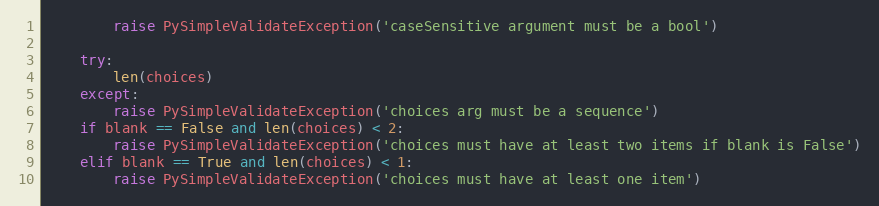
Language: Python
        raise PySimpleValidateException('caseSensitive argument must be a bool')

    try:
        len(choices)
    except:
        raise PySimpleValidateException('choices arg must be a sequence')
    if blank == False and len(choices) < 2:
        raise PySimpleValidateException('choices must have at least two items if blank is False')
    elif blank == True and len(choices) < 1:
        raise PySimpleValidateException('choices must have at least one item')